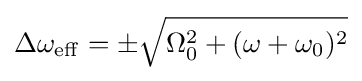
\Delta \omega _{\mathrm {eff} }=\pm {\sqrt {\Omega _{0}^{2}+(\omega +\omega _{0})^{2}}}